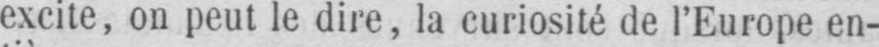
excite, on peut le dire, la curiosité de l’Europe en-